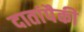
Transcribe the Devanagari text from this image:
दातांपैकी